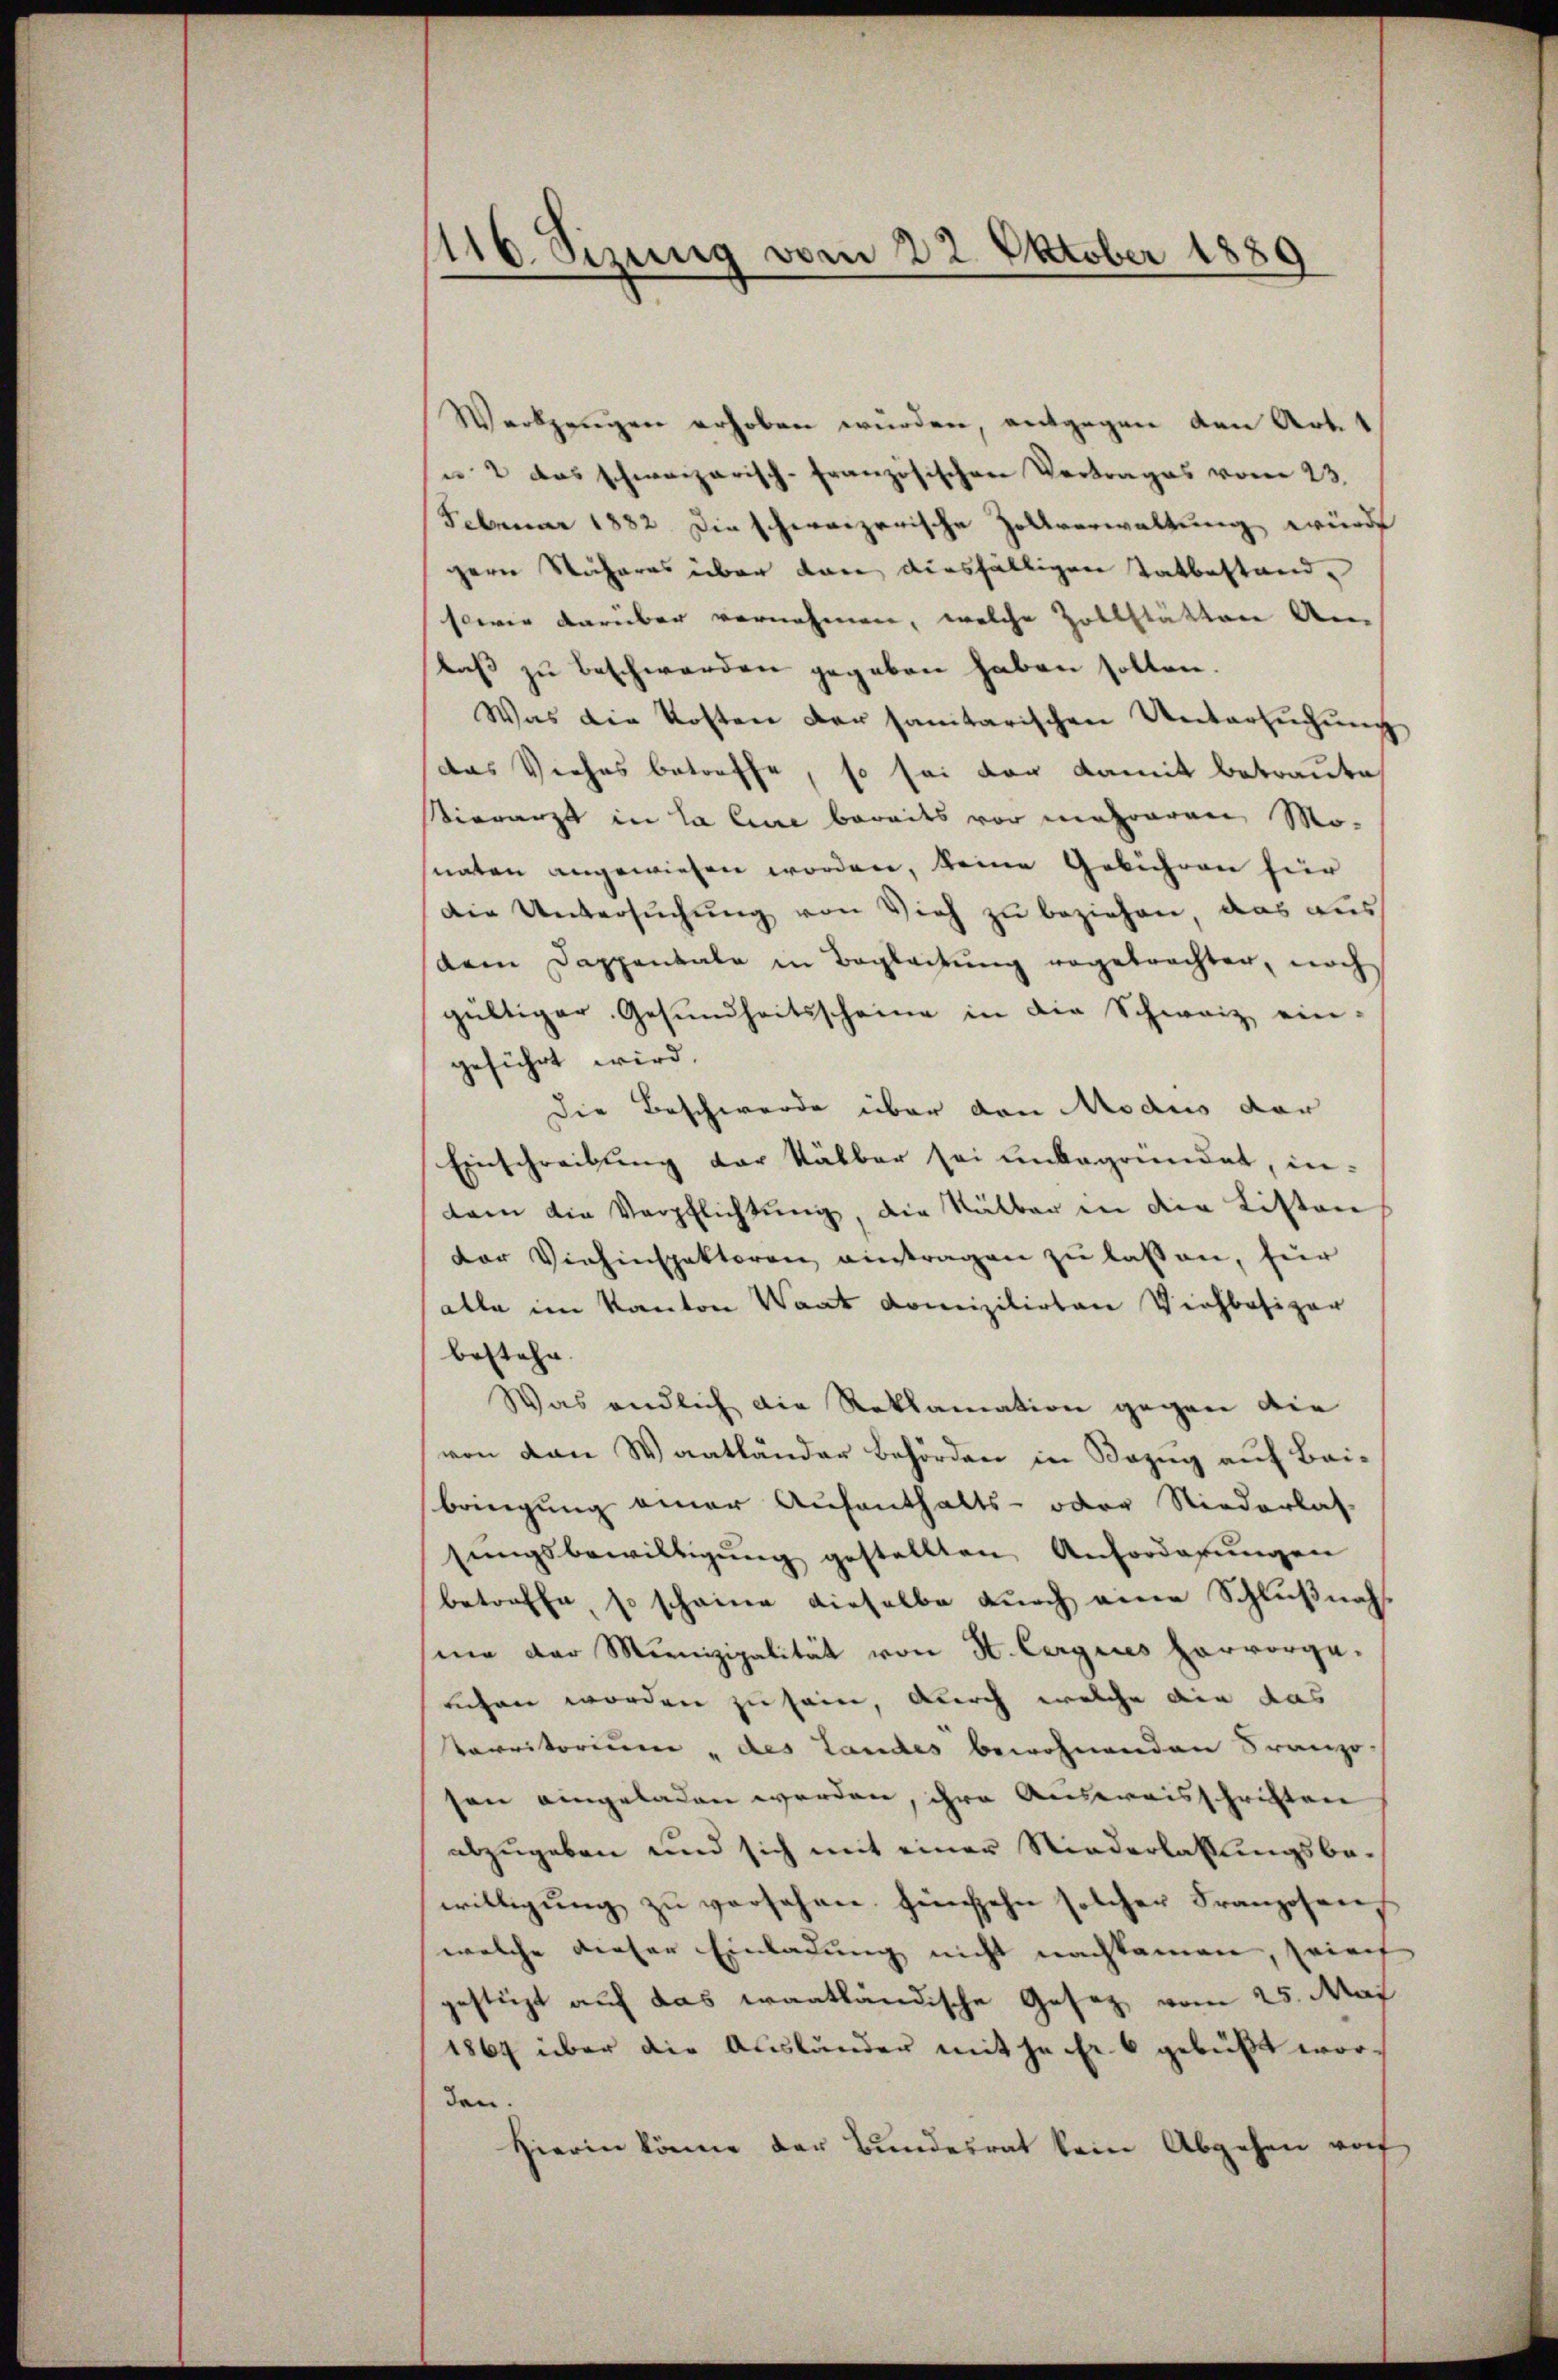
116. Sizung vom 22. Oktober 1889

Werkzeugen erhoben wurden, entgegen den Art. 1
u. 2 das schweizerisch-Französischen Vertrages vom 23.
Februar 1882. Die schweizerische Zollverwaltung würde
gern Näheres über kann diesfälligen Tatbestand-
sowie darüber vornehmen, welche Zollstätten An-
staß zu beschwerden gegeben haben sollen.
Was die Kosten der sanitarischen Untersuchung
das Viehes betreffe, so sei der damit betraute
ierarzt in la line bereits vor mehreren Mo-
naten angewiesen worden, keine Gebühren hier
Die Untersuchung von Vieh zu beziehen, das aus
dem Dappentale in Begleitung vagebrachter, noch
gültiger Gesundheitsscheine in die Schweiz ein-
geführt wird.
Die Beschwerde über den Modiis dar
Einschreibung der Kälber sei unbegründet, in-
tam die Verpflichtŭng, die Kälber in die Listen
der Viehinspektoren eintragen zu lassen, für
alle im Kanton Waat domizilirten Viehbesizer
bestehe.
Was endlich die Reklamation gegen die
von von Waatländer Behörden in Bezug auf Baibringung einer Aufenthalts- oder Niederlas-
sungsbewilligung gestellten Anforderungen
betreffe, so scheine dieselbe durch eine Schlußnahsine der Munizipalität von St. Cergies hervorge-
eichen worden zu sei, durch welche die das
Carritorium des Landes bewohnenden Franzosen eingeladen werden, ihre Ausweisschriften
abzugeben und sich mit einer Niederlaßungsbe-
willigung zu versehen hinzehn solcher Franzosen,
welche dieser Einladung nicht nachkammen, priret
gestüzt auf das wantländische Gesetz vom 25. Mai
1869 über die Ausländer mit ja fr. 6 gebüßt worden.
Hierin könne der Bundesrat kein Abgehen vo